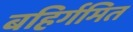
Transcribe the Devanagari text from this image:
बहिर्गमित